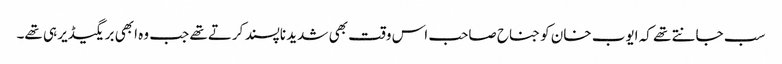
سب جانتے تھے کہ ایوب خان کو جناح صاحب اس وقت بھی شدید ناپسند کرتے تھے جب وہ ابھی بریگیڈیر ہی تھے۔